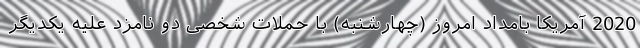
2020 آمریکا بامداد امروز (چهارشنبه) با حملات شخصی دو نامزد علیه یکدیگر